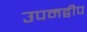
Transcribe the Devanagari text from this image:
उपमद्वीप